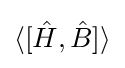
\langle [{\hat {H}},{\hat {B}}]\rangle